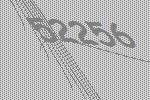
52256